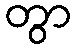
တွာ